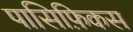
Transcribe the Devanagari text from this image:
पासिफ़िकस